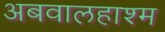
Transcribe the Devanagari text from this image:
अबवालहाश्म